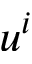
u ^ { i }